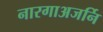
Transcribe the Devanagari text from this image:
नारगाअजर्नि